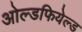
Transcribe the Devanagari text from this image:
ओल्डफियेल्ड